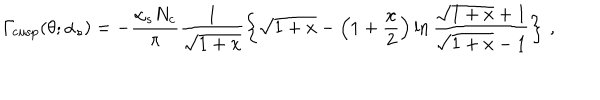
{ \mit \Gamma } _ { \mathrm { c u s p } } ( \theta ; \alpha _ { s } ) = - \frac { \alpha _ { s } N _ { c } } { \pi } \frac { 1 } { \sqrt { 1 + x } } \left\{ \sqrt { 1 + x } - \left( 1 + \frac { x } { 2 } \right) \ln \frac { \sqrt { 1 + x } + 1 } { \sqrt { 1 + x } - 1 } \right\} \, ,